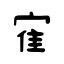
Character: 寉